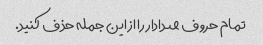
تمام حروف صدادار را از این جمله حذف کنید.